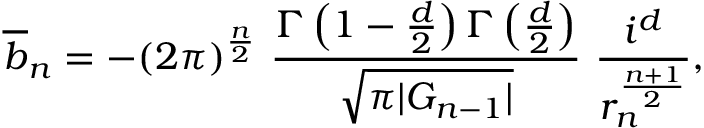
\overline { { { b } } } _ { n } = - ( 2 \pi ) ^ { \frac { n } { 2 } } ~ \frac { \Gamma \left( 1 - \frac { d } { 2 } \right) \Gamma \left( \frac { d } { 2 } \right) } { \sqrt { \pi | G _ { n - 1 } | } } ~ \frac { i ^ { d } } { r _ { n } ^ { \frac { n + 1 } { 2 } } } ,